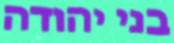
בני יהודה